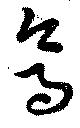
烏